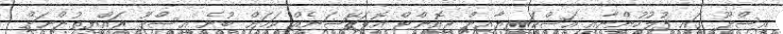
އިސްދޫ ގައި ފުލުހުންނާއި އަސްކަރިޔާއިން ޖޮއިންޓް އޮޕަރޭޝަނެއް ކަމަށް ބުނެ އިސްދޫ ރައްޔިތުންނަށް